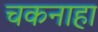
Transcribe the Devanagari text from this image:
चकनाहा